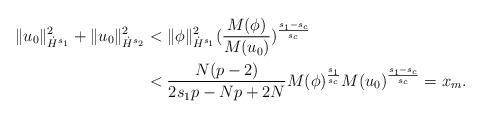
LaTeX: \begin{align*} \|u_0\|_{\dot{H}^{s_1}}^2+\|u_0\|_{\dot{H}^{s_2}}^2 & < \|\phi\|_{\dot{H}^{s_1}}^2(\frac{M(\phi)}{M(u_0)})^{\frac{s_1-s_c}{s_c}} \\ & < \frac{N(p-2)}{2s_1p-Np+2N}M(\phi)^{\frac{s_1}{s_c}}M(u_0)^{\frac{s_1-s_c}{s_c}}=x_m.\end{align*}